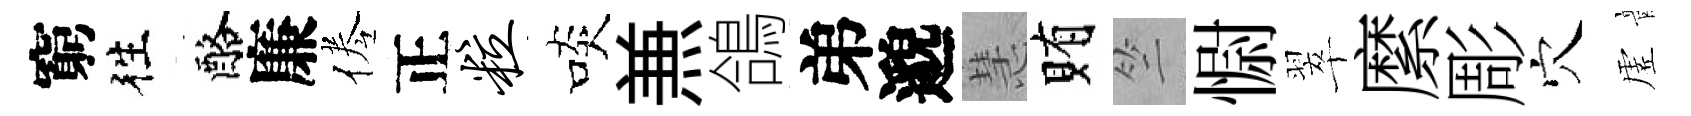
窮徃酪廉倦正粒啖𠔥鴿弟邈慧賄竺𢠢翠縻彫穴虗